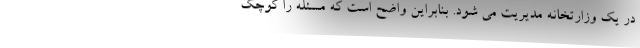
در یک وزارتخانه مدیریت می شود. بنابراین واضح است که مسئله را کوچک